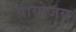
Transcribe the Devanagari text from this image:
प्रायोजय